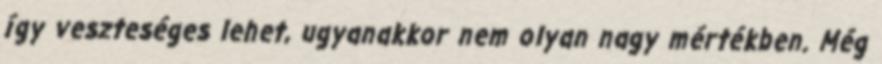
így veszteséges lehet, ugyanakkor nem olyan nagy mértékben. Még